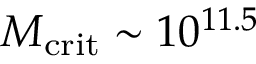
M _ { \mathrm { c r i t } } \sim 1 0 ^ { 1 1 . 5 }